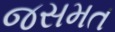
જસમત